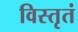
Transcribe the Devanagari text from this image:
विस्तृतं